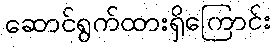
ဆောင်ရွက်ထားရှိကြောင်း